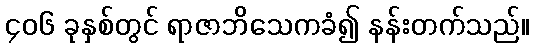
၄၀၆ ခုနှစ်တွင် ရာဇာဘိသေကခံ၍ နန်းတက်သည်။